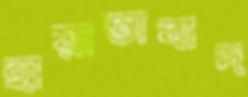
হায়াতাবাদ